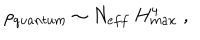
LaTeX: \rho _ { q u a n t u m } \sim N _ { e f f } ~ H _ { m a x } ^ { 4 } \; ,